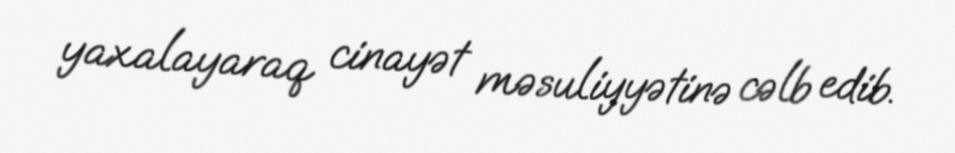
yaxalayaraq cinayət məsuliyyətinə cəlb edib.